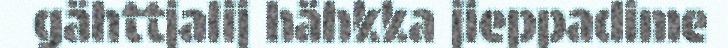
gähttjalij hähkka jieppadime